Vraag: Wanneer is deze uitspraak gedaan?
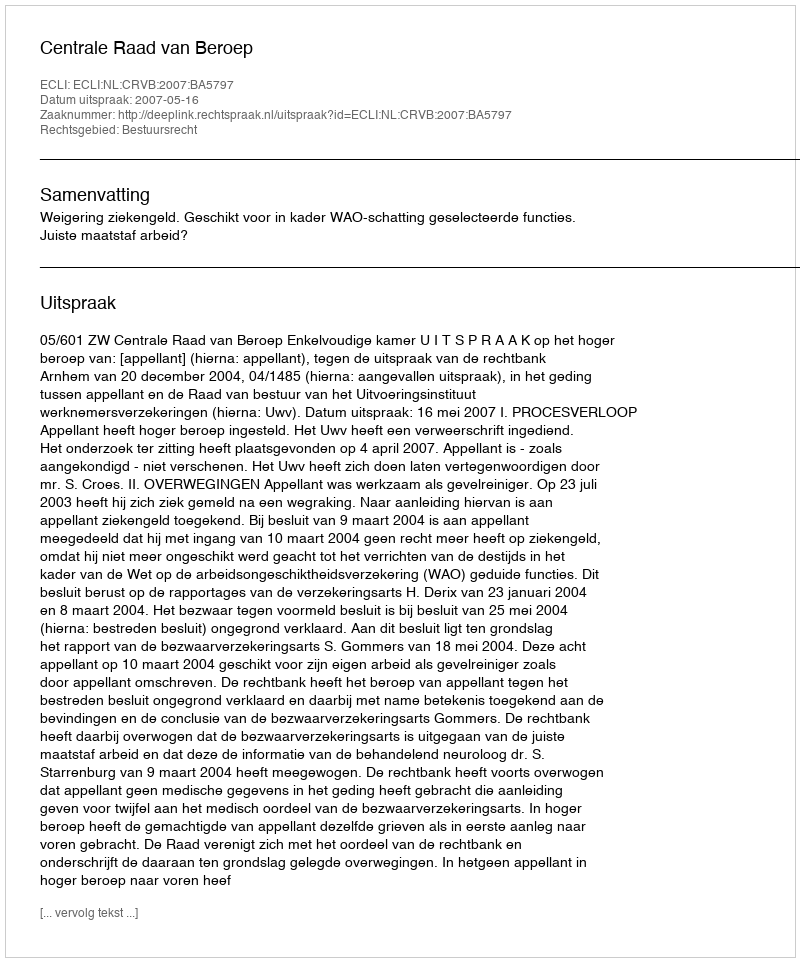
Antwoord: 2007-05-16